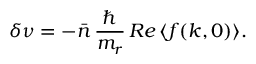
\delta \nu = - \bar { n } \, \frac { \hbar } { m _ { r } } \, R e \left\langle f ( k , 0 ) \right\rangle \! .